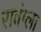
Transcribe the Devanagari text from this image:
रावंग्ला